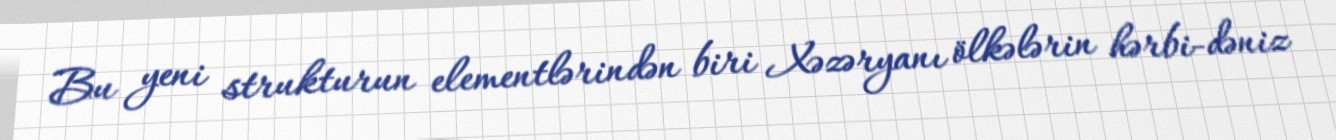
Bu yeni strukturun elementlərindən biri Xəzəryanı ölkələrin hərbi-dəniz